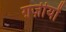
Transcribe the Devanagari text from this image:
ग़ज़ीयों